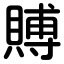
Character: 賻